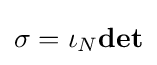
\sigma =\iota _{N}\mathbf {det}